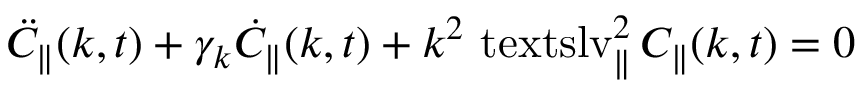
\ensuremath { \ddot { C } _ { \parallel } } ( k , t ) + \gamma _ { k } \ensuremath { \dot { C } _ { \parallel } } ( k , t ) + k ^ { 2 } \ensuremath { \mathrm { \ t e x t s l { v } } _ { \parallel } } ^ { 2 } \, \ensuremath { C _ { \parallel } } ( k , t ) = 0